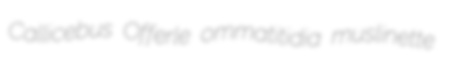
Callicebus Offerle ommatitidia muslinette